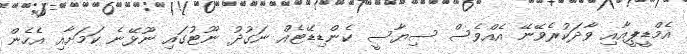
އެމްޑީޕީއާއި ވާދަކުރެވޭނޭ އެއްވެސް ސިޔާސީ ކެންޑިޑޭޓެއް ނަގުދު ނޫޓުގައި ނޫޅޭނެ ކަމަށާއި އެހެން